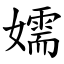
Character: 嬬